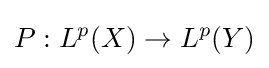
P:L^{p}(X)\to L^{p}(Y)